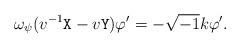
LaTeX: \begin{align*} \omega_\psi(v^{-1} \mathtt{X} - v \mathtt{Y}) \varphi' = - \sqrt{-1} k \varphi'.\end{align*}